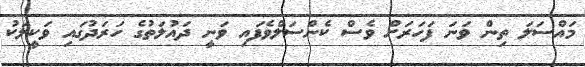
މައްސަލަ ތިން ވަނަ ފަހަރަށް ވެސް ކެންސަލްވެފައި ވަނީ ދައުލަތުގެ ހަރަދުގައި ވަކީލަކު